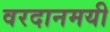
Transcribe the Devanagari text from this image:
वरदानमयी